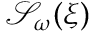
\mathcal { S } _ { \omega } ( \xi )